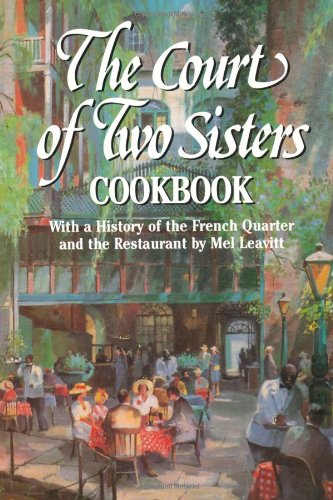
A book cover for Court of Two Sisters Cookbook, The; Joseph Fein  III; Cookbooks, Food & Wine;